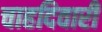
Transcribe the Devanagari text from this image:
चाहदिवारी